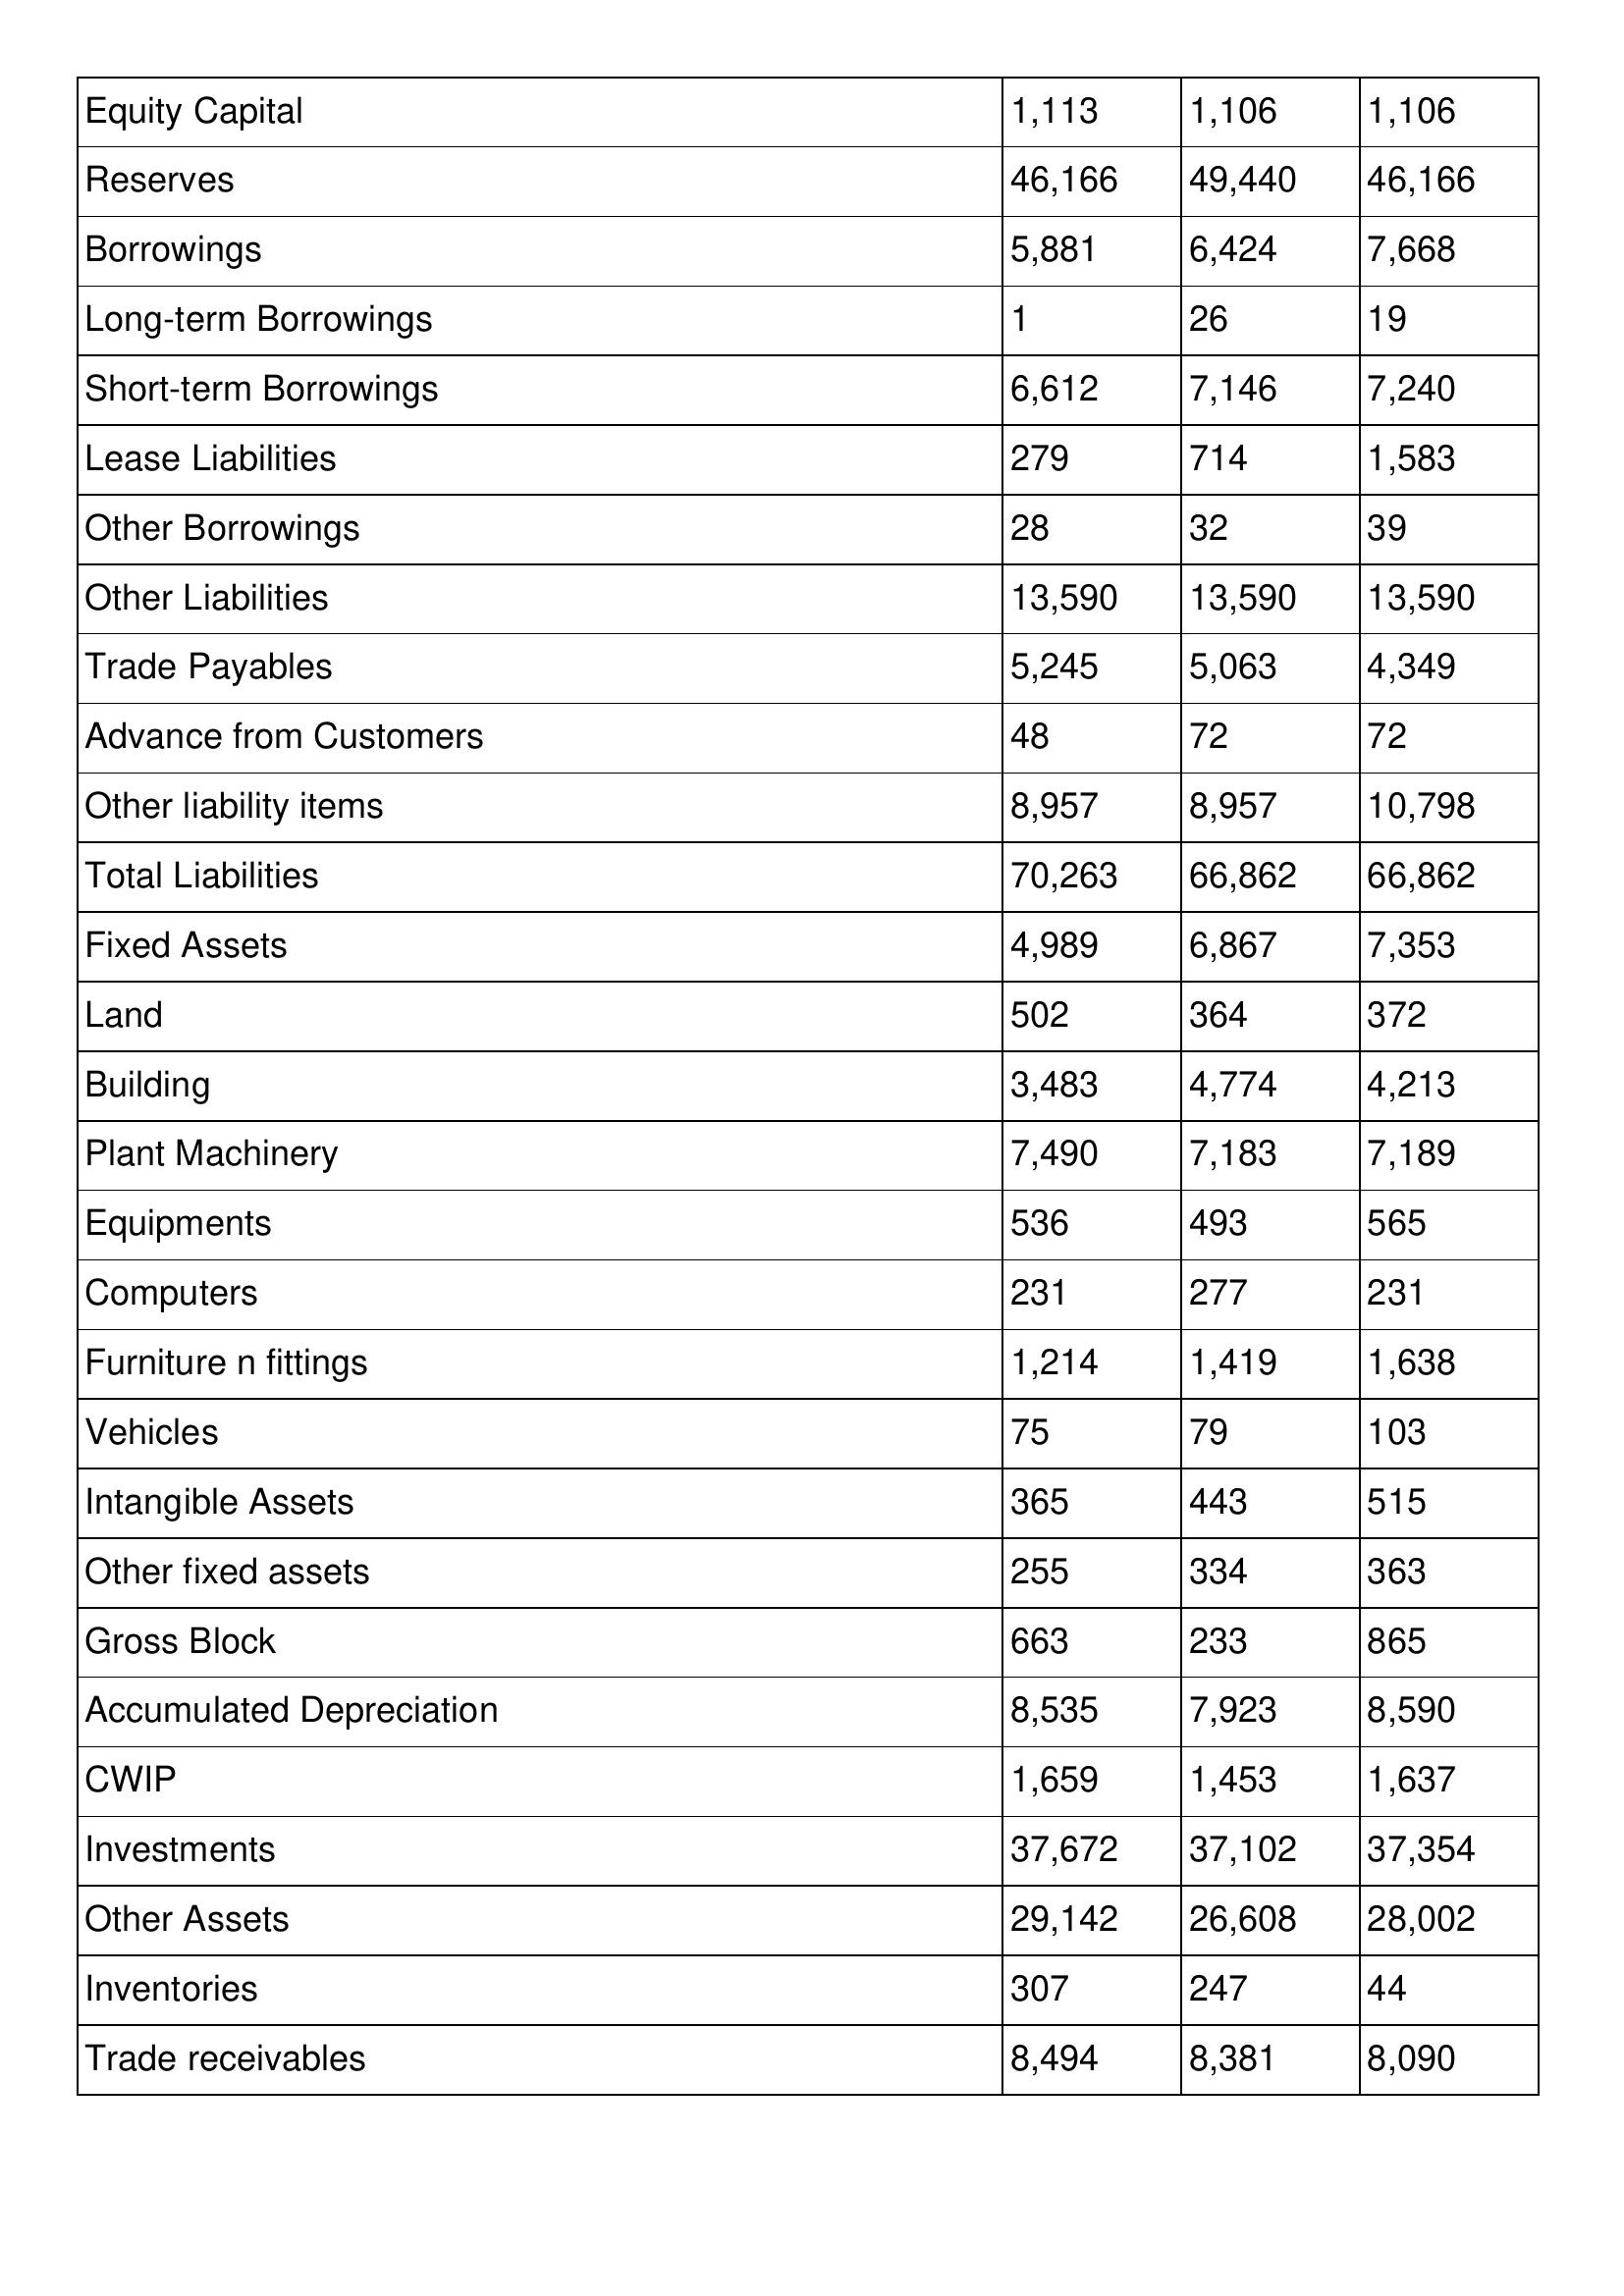
gt_parse: 2004: Balance Sheet: Equity Capital: 1,113
Reserves: 46,166
Borrowings: 5,881
Long-term Borrowings: 1
Short-term Borrowings: 6,612
Lease Liabilities: 279
Other Borrowings: 28
Other Liabilities: 13,590
Trade Payables: 5,245
Advance from Customers: 48
Other liability items: 8,957
Total Liabilities: 70,263
Fixed Assets: 4,989
Land: 502
Building: 3,483
Plant Machinery: 7,490
Equipments: 536
Computers: 231
Furniture n fittings: 1,214
Vehicles: 75
Intangible Assets: 365
Other fixed assets: 255
Gross Block: 663
Accumulated Depreciation: 8,535
CWIP: 1,659
Investments: 37,672
Other Assets: 29,142
Inventories: 307
Trade receivables: 8,494
2003: Balance Sheet: Equity Capital: 1,106
Reserves: 49,440
Borrowings: 6,424
Long-term Borrowings: 26
Short-term Borrowings: 7,146
Lease Liabilities: 714
Other Borrowings: 32
Other Liabilities: 13,590
Trade Payables: 5,063
Advance from Customers: 72
Other liability items: 8,957
Total Liabilities: 66,862
Fixed Assets: 6,867
Land: 364
Building: 4,774
Plant Machinery: 7,183
Equipments: 493
Computers: 277
Furniture n fittings: 1,419
Vehicles: 79
Intangible Assets: 443
Other fixed assets: 334
Gross Block: 233
Accumulated Depreciation: 7,923
CWIP: 1,453
Investments: 37,102
Other Assets: 26,608
Inventories: 247
Trade receivables: 8,381
2002: Balance Sheet: Equity Capital: 1,106
Reserves: 46,166
Borrowings: 7,668
Long-term Borrowings: 19
Short-term Borrowings: 7,240
Lease Liabilities: 1,583
Other Borrowings: 39
Other Liabilities: 13,590
Trade Payables: 4,349
Advance from Customers: 72
Other liability items: 10,798
Total Liabilities: 66,862
Fixed Assets: 7,353
Land: 372
Building: 4,213
Plant Machinery: 7,189
Equipments: 565
Computers: 231
Furniture n fittings: 1,638
Vehicles: 103
Intangible Assets: 515
Other fixed assets: 363
Gross Block: 865
Accumulated Depreciation: 8,590
CWIP: 1,637
Investments: 37,354
Other Assets: 28,002
Inventories: 44
Trade receivables: 8,090